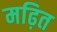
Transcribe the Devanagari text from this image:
मढ़ित